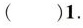
( )1.